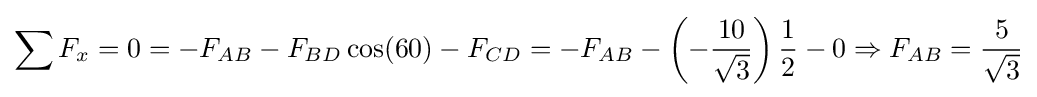
\sum F_{x}=0=-F_{AB}-F_{BD}\cos(60)-F_{CD}=-F_{AB}-\left(-{\frac {10}{\sqrt {3}}}\right){\frac {1}{2}}-0\Rightarrow F_{AB}={\frac {5}{\sqrt {3}}}